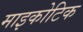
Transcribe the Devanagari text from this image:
माइकोटिक